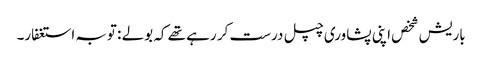
باریش شخص اپنی پشاوری چپل درست کر رہے تھے کہ بولے : توبہ استغفار۔